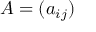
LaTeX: A = ( a _ { i j } )